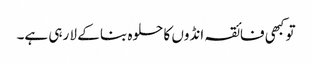
تو کبھی فائقہ انڈوں کا حلوہ بنا کے لا رہی ہے۔